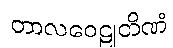
တာလဝေဠုတိဏံ